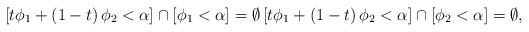
\begin{align*}\left[t\phi_{1}+\left(1-t\right)\phi_{2}<\alpha\right]\cap\left[\phi_{1}<\alpha\right]=\emptyset\left[t\phi_{1}+\left(1-t\right)\phi_{2}<\alpha\right]\cap\left[\phi_{2}<\alpha\right]=\emptyset,\end{align*}